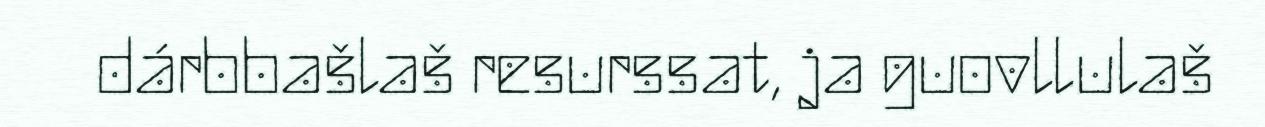
dárbbašlaš resurssat, ja guovllulaš